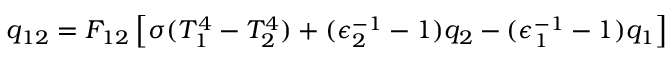
q _ { 1 2 } = F _ { 1 2 } \left[ \sigma ( T _ { 1 } ^ { 4 } - T _ { 2 } ^ { 4 } ) + ( \epsilon _ { 2 } ^ { - 1 } - 1 ) q _ { 2 } - ( \epsilon _ { 1 } ^ { - 1 } - 1 ) q _ { 1 } \right]